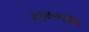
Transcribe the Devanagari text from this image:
१३७७३३५